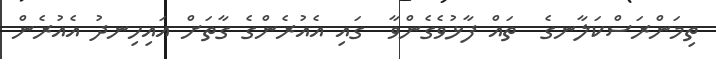
ތިމަންރަސްކަލާނގެ  ތައް ފާޅުވެގެންވާ  ގައި އެއުރެންގެ ގާތަށް އައިހިނދު އެއުރެން